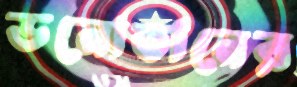
ডনোভানের